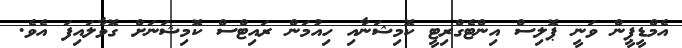
އެމްޑީޕީން ވަނީ ޕޮލިސް އިންޓެގްރިޓީ ކޮމިޝަނާއި ހިއުމަން ރައިޓްސް ކޮމިޝަނަށް ގޮވާލައިފަ އެވެ.